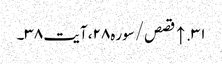
۳۱. ↑ قصص/سوره۲۸، آیت ۳۸۔